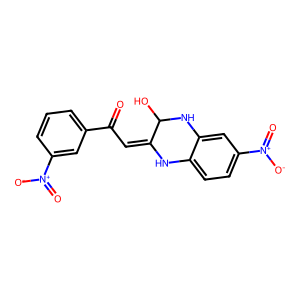
SMILES: O=C(C=C1Nc2ccc([N+](=O)[O-])cc2NC1O)c1cccc([N+](=O)[O-])c1
Inhibits HIV replication: No